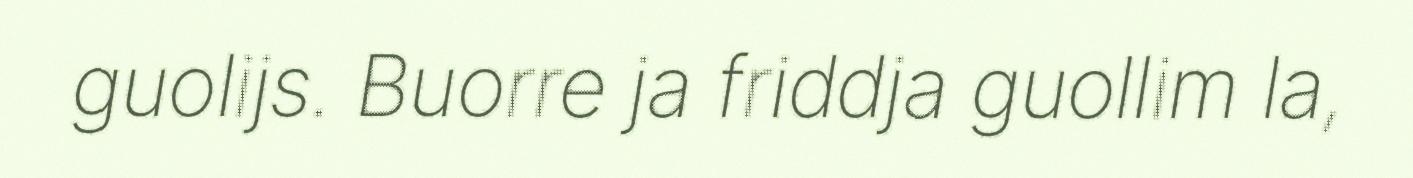
guolijs. Buorre ja friddja guollim la,